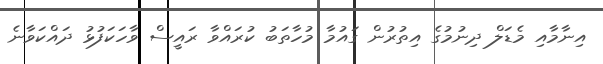
އިނާމާއި މެޑަލް ދިނުމުގެ އިތުރުން ގައުމާ މުހާތަބު ކުރައްވާ ރައީސް ވާހަކަފުޅު ދައްކަވާނެ